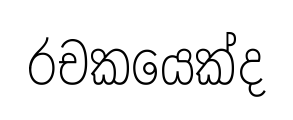
රචකයෙක්ද